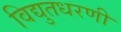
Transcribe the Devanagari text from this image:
विद्युतधरणी